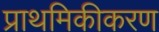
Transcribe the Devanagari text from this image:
प्राथमिकीकरण